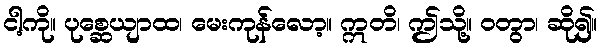
ငါ့ကို။ ပုစ္ဆေယျာထ၊ မေးကုန်လော့။ ဣတိ၊ ဤသို့။ ဝတွာ၊ ဆို၍။